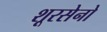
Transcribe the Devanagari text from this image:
शूरसेनो